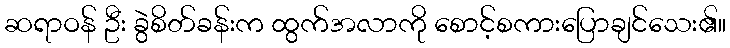
ဆရာဝန် ဦး ခွဲစိတ်ခန်းက ထွက်အလာကို စောင့်စကားပြောချင်သေး၏။